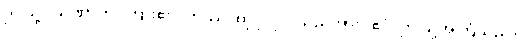
ဤသို့။ သုဏာတိ၊ ကြား၏။ တဿ၊ ထိုပုဂ္ဂိုလ်သည်အား။ ဧဝံ၊ ဤသို့အကြံသည်။